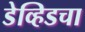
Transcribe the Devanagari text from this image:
डेव्हिडचा